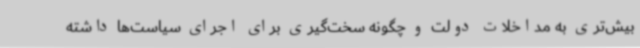
بیش‌تری به مداخلات دولت و چگونه سخت‌گیری برای اجرای سیاست‌ها داشته